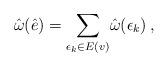
LaTeX: \begin{align*}\hat\omega(\hat e) = \underset{\epsilon_k \in E(v)}{\sum} \hat\omega(\epsilon_k)\, ,\end{align*}